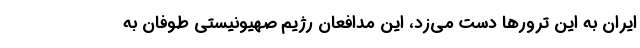
ایران به این ترورها دست می‌زد، این مدافعان رژیم صهیونیستی طوفان به